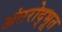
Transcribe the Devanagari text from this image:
अंतरोद्भूत